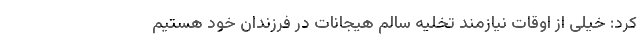
کرد: خیلی از اوقات نیازمند تخلیه سالم هیجانات در فرزندان خود هستیم